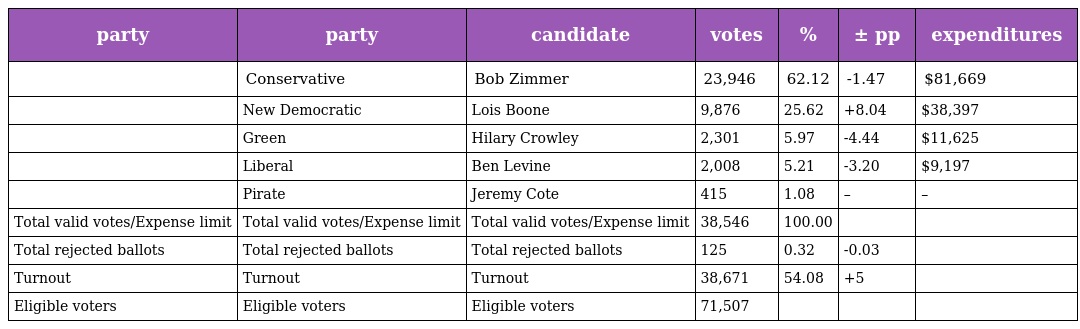
| party | party | candidate | votes | % | ± pp | expenditures |
 | --- | --- | --- | --- | --- | --- | --- |
 |  | Conservative | Bob Zimmer | 23,946 | 62.12 | -1.47 | $81,669 |
 |  | New Democratic | Lois Boone | 9,876 | 25.62 | +8.04 | $38,397 |
 |  | Green | Hilary Crowley | 2,301 | 5.97 | -4.44 | $11,625 |
 |  | Liberal | Ben Levine | 2,008 | 5.21 | -3.20 | $9,197 |
 |  | Pirate | Jeremy Cote | 415 | 1.08 | – | – |
 | Total valid votes/Expense limit | Total valid votes/Expense limit | Total valid votes/Expense limit | 38,546 | 100.00 |  |  |
 | Total rejected ballots | Total rejected ballots | Total rejected ballots | 125 | 0.32 | -0.03 |  |
 | Turnout | Turnout | Turnout | 38,671 | 54.08 | +5 |  |
 | Eligible voters | Eligible voters | Eligible voters | 71,507 |  |  |  |